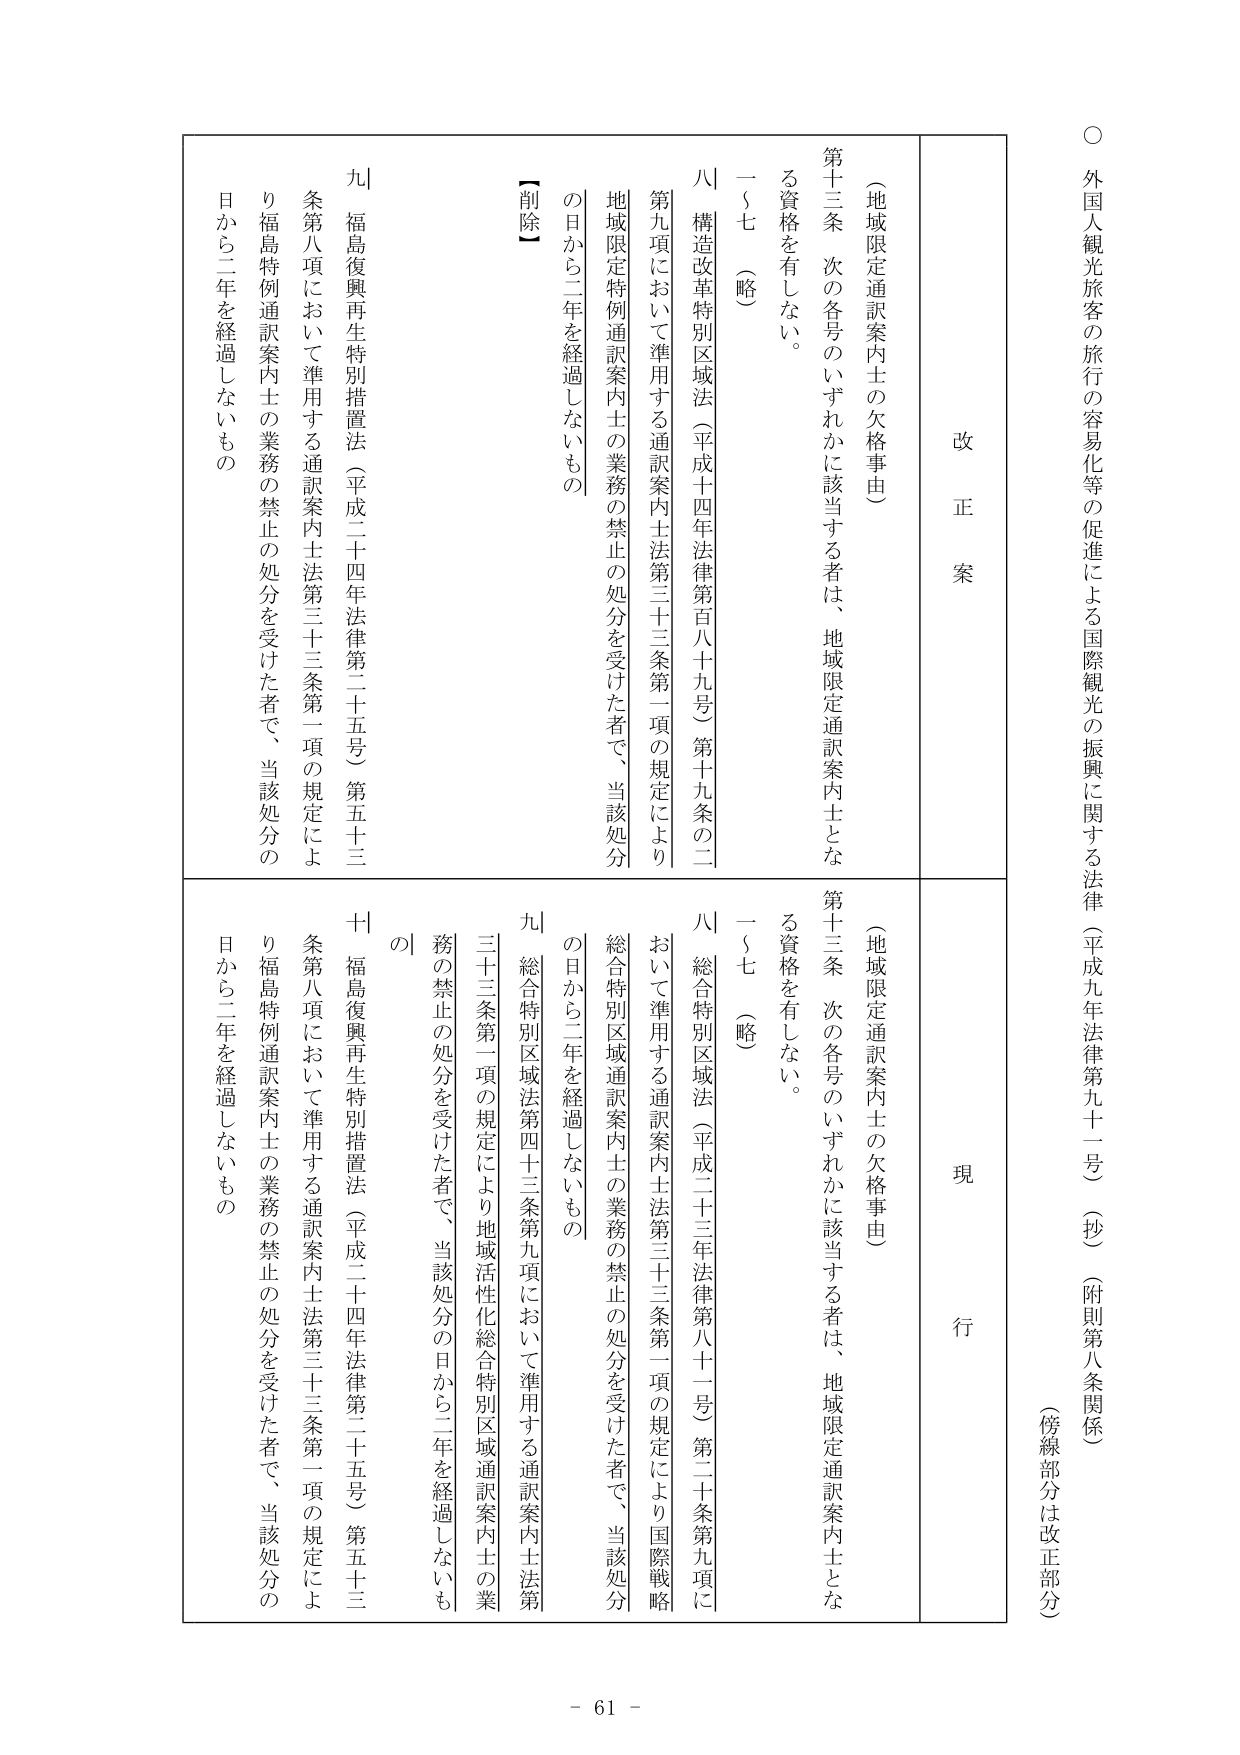
○ 外国人観光旅客の旅行の容易化等の促進による国際観光の振興に関する法律（平成九年法律第九十一号）（抄）（附則第八条関係）
（傍線部分は改正部分）

改正案
現行

（地域限定通訳案内士の欠格事由）
第十三条 次の各号のいずれかに該当する者は、地域限定通訳案内士となる資格を有しない。
一～七 （略）
八 構造改革特別区域法（平成十四年法律第百八十九号）第十九条の二第九項において準用する通訳案内士法第三十三条第一項の規定により地域限定特例通訳案内士の業務の禁止の処分を受けた者で、当該処分の日から二年を経過しないもの
九 福島復興再生特別措置法（平成二十四年法律第二十五号）第五十三条第八項において準用する通訳案内士法第三十三条第一項の規定により福島特例通訳案内士の業務の禁止の処分を受けた者で、当該処分の日から二年を経過しないもの

（地域限定通訳案内士の欠格事由）
第十三条 次の各号のいずれかに該当する者は、地域限定通訳案内士となる資格を有しない。
一～七 （略）
八 総合特別区域法（平成二十三年法律第八十一号）第二十条第九項において準用する通訳案内士法第三十三条第一項の規定により国際戦略総合特別区域通訳案内士の業務の禁止の処分を受けた者で、当該処分の日から二年を経過しないもの
九 総合特別区域法第四十三条第九項において準用する通訳案内士法第三十三条第一項の規定により地域活性化総合特別区域通訳案内士の業務の禁止の処分を受けた者で、当該処分の日から二年を経過しないもの
十 福島復興再生特別措置法（平成二十四年法律第二十五号）第五十三条第八項において準用する通訳案内士法第三十三条第一項の規定により福島特例通訳案内士の業務の禁止の処分を受けた者で、当該処分の日から二年を経過しないもの

【削除】

- 61 -